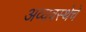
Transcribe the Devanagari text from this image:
अव्यवस्थेचे